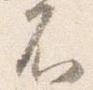
不